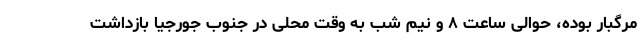
مرگبار بوده، حوالی ساعت ۸ و نیم شب به وقت محلی در جنوب جورجیا بازداشت